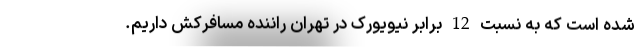
شده است که به نسبت 12 برابر نیویورک در تهران راننده مسافرکش داریم.